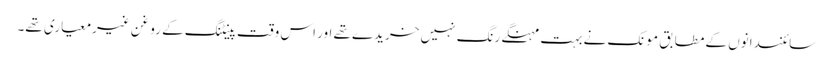
سائنسدانوں کے مطابق مونک نے بہت مہنگے رنگ نہیں خریدے تھے اور اس وقت پینٹنگ کے روغن غیرمعیاری تھے۔